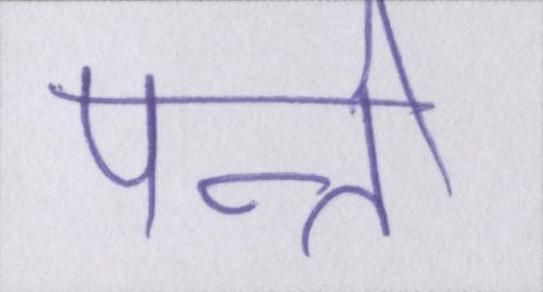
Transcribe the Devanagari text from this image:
पत्नी